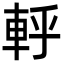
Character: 軤